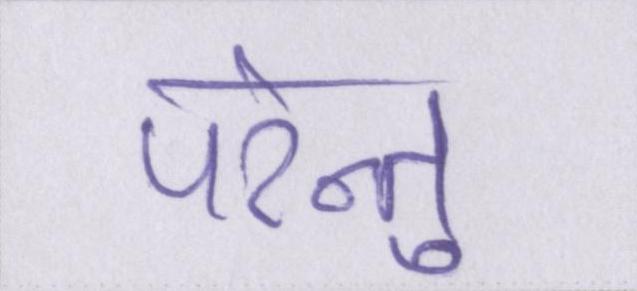
परंन्तु